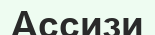
Ассизи